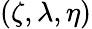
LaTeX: (\zeta,\lambda,\eta)